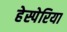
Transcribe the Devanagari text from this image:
हेस्पेरिया